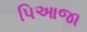
પિઆજા